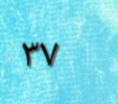
٣٧